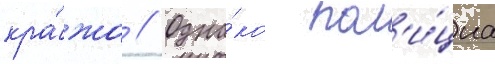
кра́жа // Одна́ко пол'и́циа